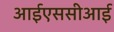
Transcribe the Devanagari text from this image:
आईएससीआई